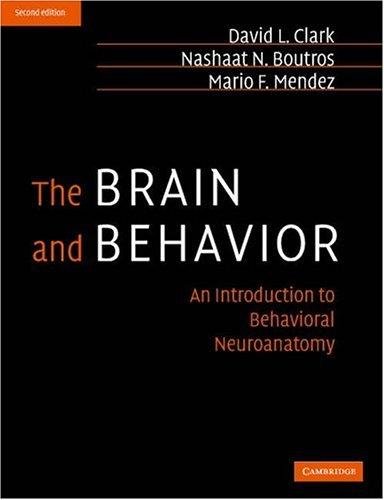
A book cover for Brain and Behavior : An Introduction to Behavioral Neuroanatomy 2ND EDITION; Medical Books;